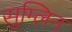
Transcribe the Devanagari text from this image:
सुम्लिन